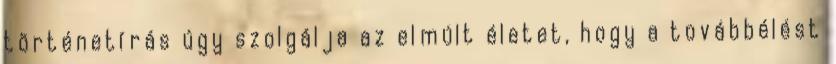
történetírás úgy szolgálja az elmúlt életet, hogy a továbbélést